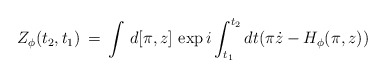
\begin{align*}Z_{\phi}(t_2,t_1)\,=\,\int\,d[\pi,z]\,\exp i\int_{t_1}^{t_2}dt(\pi\dot{z}-H_{\phi}(\pi,z))\end{align*}